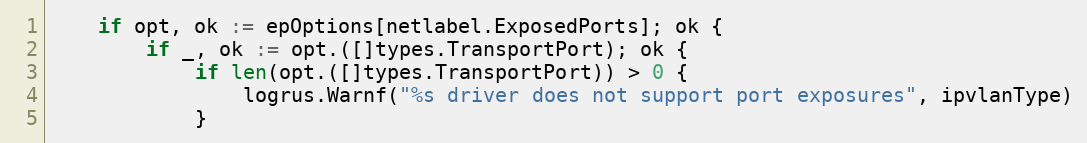
Language: Go
	if opt, ok := epOptions[netlabel.ExposedPorts]; ok {
		if _, ok := opt.([]types.TransportPort); ok {
			if len(opt.([]types.TransportPort)) > 0 {
				logrus.Warnf("%s driver does not support port exposures", ipvlanType)
			}